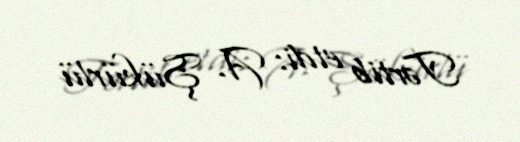
Tərtib etdi: A. Şükürlü